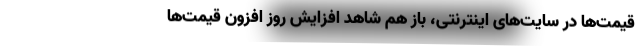
قیمت‌ها در سایت‌های اینترنتی، باز هم شاهد افزایش روز افزون قیمت‌ها